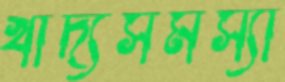
খাদ্যসমস্যা